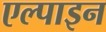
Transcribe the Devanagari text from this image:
एल्‍पाइन